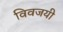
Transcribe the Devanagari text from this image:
विवजयी